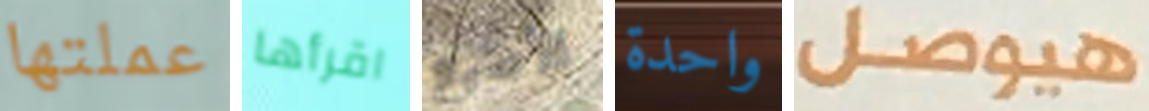
عملتها اقرأها الأصبع واحدة هيوصل